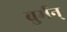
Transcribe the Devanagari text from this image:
बुर्मन्